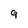
Character: 9